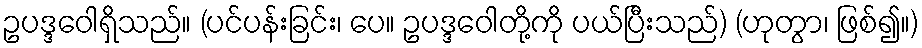
ဥပဒ္ဒဝေါရှိသည်။ (ပင်ပန်းခြင်း၊ ပေ။ ဥပဒ္ဒဝေါတို့ကို ပယ်ပြီးသည်) (ဟုတွာ၊ ဖြစ်၍။)